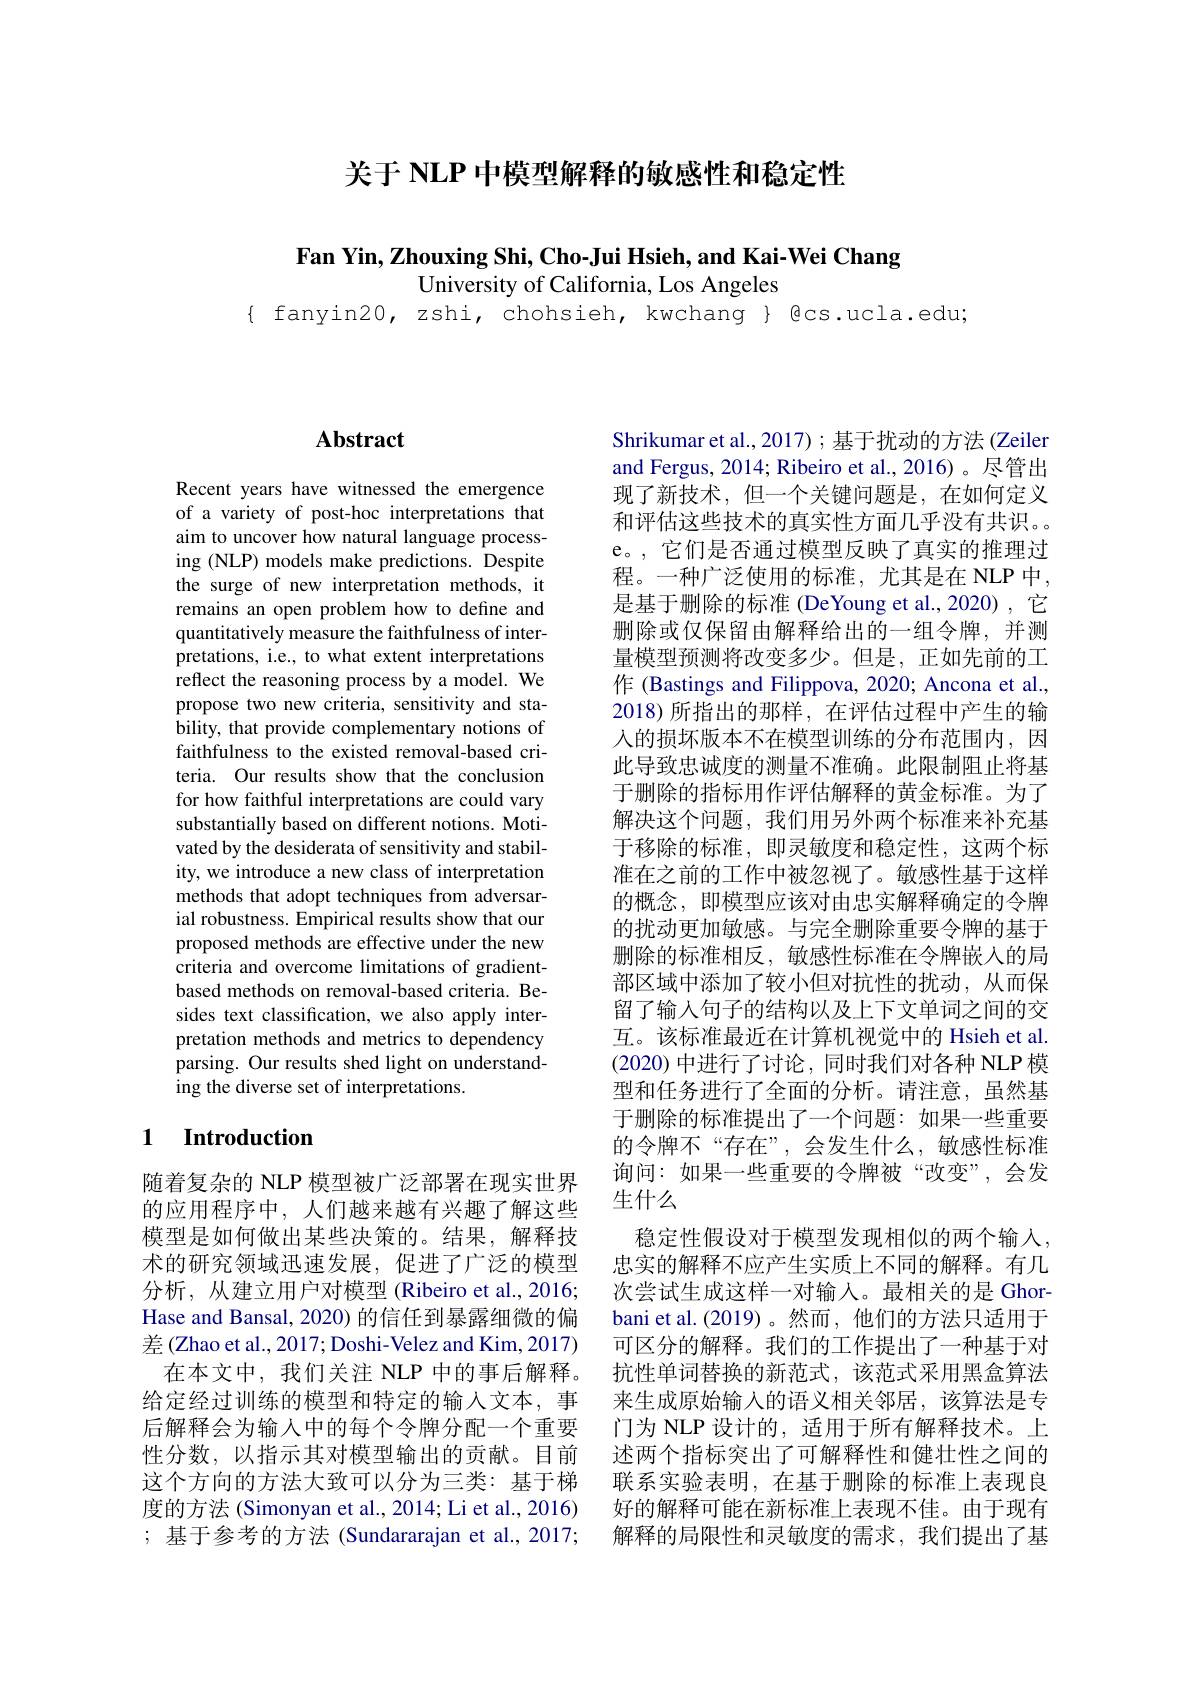
关于 NLP 中模型解释的敏感性和稳定性

Fan Yin, Zhouxing Shi, Cho-Jui Hsieh, and Kai-Wei Chang
University of California, Los Angeles
$\{$ fanyin20, zshi, chohsieh, kwchang $\}$ @cs.ucla.edu;

## $\mathbf{Abstract}$

Recent years have witnessed the emergence of a variety of post-hoc interpretations that aim to uncover how natural language processing (NLP) models make predictions. Despite the surge of new interpretation methods, it remains an open problem how to define and quantitatively measure the faithfulness of interpretations, i.e., to what extent interpretations $\hat{\text{reflect the reasoning process by a model. We}}$ propose two new criteria, sensitivity and stability, that provide complementary notions of faithfulness to the existed removal-based criteria. Our results show that the conclusion for how faithful interpretations are could vary substantially based on different notions. Motivated by the desiderata of sensitivity and stability, we introduce a new class of interpretation methods that adopt techniques from adversarial robustness. Empirical results show that our proposed methods are effective under the new criteria and overcome limitations of gradientbased methods on removal-based criteria. Besides text classification, we also apply interpretation methods and metrics to dependency parsing. Our results shed light on understanding the diverse set of interpretations.

## 1 Introduction

随着复杂的 NLP 模型被广泛部署在现实世界的应用程序中，人们越来越有兴趣了解这些模型是如何做出某些决策的。结果，解释技术的研究领域迅速发展，促进了广泛的模型分析，从建立用户对模型 (Ribeiro et al., 2016; Hase and Bansal, 2020) 的信任到暴露细微的偏$\textit{差 ( Zhao et al. , 2017; Doshi- Velez and Kim, 2017) }$
在本文中，我们关注 NLP 中的事后解释。给定经过训练的模型和特定的输入文本，事后解释会为输入中的每个令牌分配一个重要性分数，以指示其对模型输出的贡献。目前这个方向的方法大致可以分为三类：基于梯度的方法 (Simonyan et al., 2014; Li et al., 2016) ;基于参考的方法 (Sundararajan et al.,2017;

Shrikumar et al., 2017) ; 基于扰动的方法 (Zeiler and Fergus, 2014; Ribeiro et al., 2016) 。尽管出现了新技术，但一个关键问题是，在如何定义和评估这些技术的真实性方面几乎没有共识。e。, 它们是否通过模型反映了真实的推理过程。一种广泛使用的标准，尤其是在 NLP 中， 是基于删除的标准 (DeYoung et al.,2020),它删除或仅保留由解释给出的一组令牌，并测量模型预测将改变多少。但是，正如先前的工作 (Bastings and Filippova, 2020; Ancona et al., 2018)所指出的那样，在评估过程中产生的输人的损坏版本不在模型训练的分布范围内，因此导致忠诚度的测量不准确。此限制阻止将基于删除的指标用作评估解释的黄金标准。为了解决这个问题，我们用另外两个标准来补充基于移除的标准，即灵敏度和稳定性，这两个标准在之前的工作中被忽视了。敏感性基于这样的概念，即模型应该对由忠实解释确定的令牌的扰动更加敏感。与完全删除重要令牌的基于删除的标准相反，敏感性标准在令牌嵌入的局部区域中添加了较小但对抗性的扰动，从而保留了输入句子的结构以及上下文单词之间的交互。该标准最近在计算机视觉中的 Hsieh et al. (2020) 中进行了讨论，同时我们对各种 NLP 模型和任务进行了全面的分析。请注意，虽然基于删除的标准提出了一个问题：如果一些重要的令牌不“存在”,会发生什么，敏感性标准询问：如果一些重要的令牌被“改变”,会发生什么
稳定性假设对于模型发现相似的两个输入， 忠实的解释不应产生实质上不同的解释。有几次尝试生成这样一对输入。最相关的是 Ghorbani et al.(2019)。然而，他们的方法只适用于可区分的解释。我们的工作提出了一种基于对抗性单词替换的新范式，该范式采用黑盒算法来生成原始输入的语义相关邻居，该算法是专门为 NLP 设计的，适用于所有解释技术。上述两个指标突出了可解释性和健壮性之间的联系实验表明，在基于删除的标准上表现良好的解释可能在新标准上表现不佳。由于现有解释的局限性和灵敏度的需求，我们提出了基